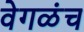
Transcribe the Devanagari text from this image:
वेगळंच